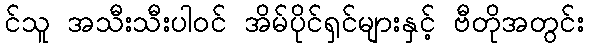
င်သူ အသီးသီးပါဝင် အိမ်ပိုင်ရှင်များနှင့် ဗီတိုအတွင်း